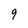
Character: 9